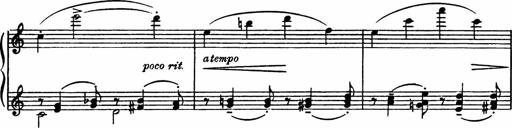
Title: Sonatilla
Composer: Mortimer Wilson
Key: C major